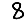
Digit: 8